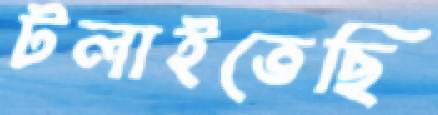
টলাইতেছি